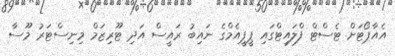
އެއާޕޯޓަށް ޓެސްޓް ފްލައިޓްގައި ޕީޕީއެމްގެ ނައިބު ރައީސް އަދި ޓޫރިޒަމް މިނިސްޓަރު މޫސާ